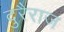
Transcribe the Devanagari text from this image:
दुरैराज